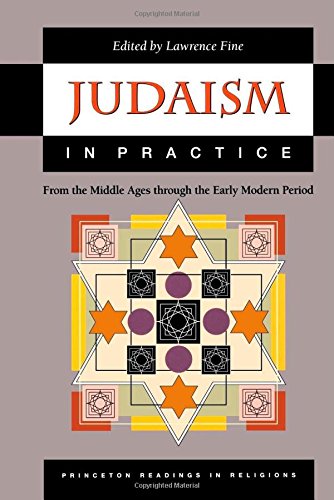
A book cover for Judaism in Practice: From the Middle Ages through the Early Modern Period.; Religion & Spirituality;